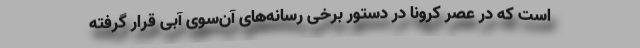
است که در عصر کرونا در دستور برخی رسانه‌های آن‌سوی آبی قرار گرفته